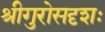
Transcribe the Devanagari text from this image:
श्रीगुरोसदृशः